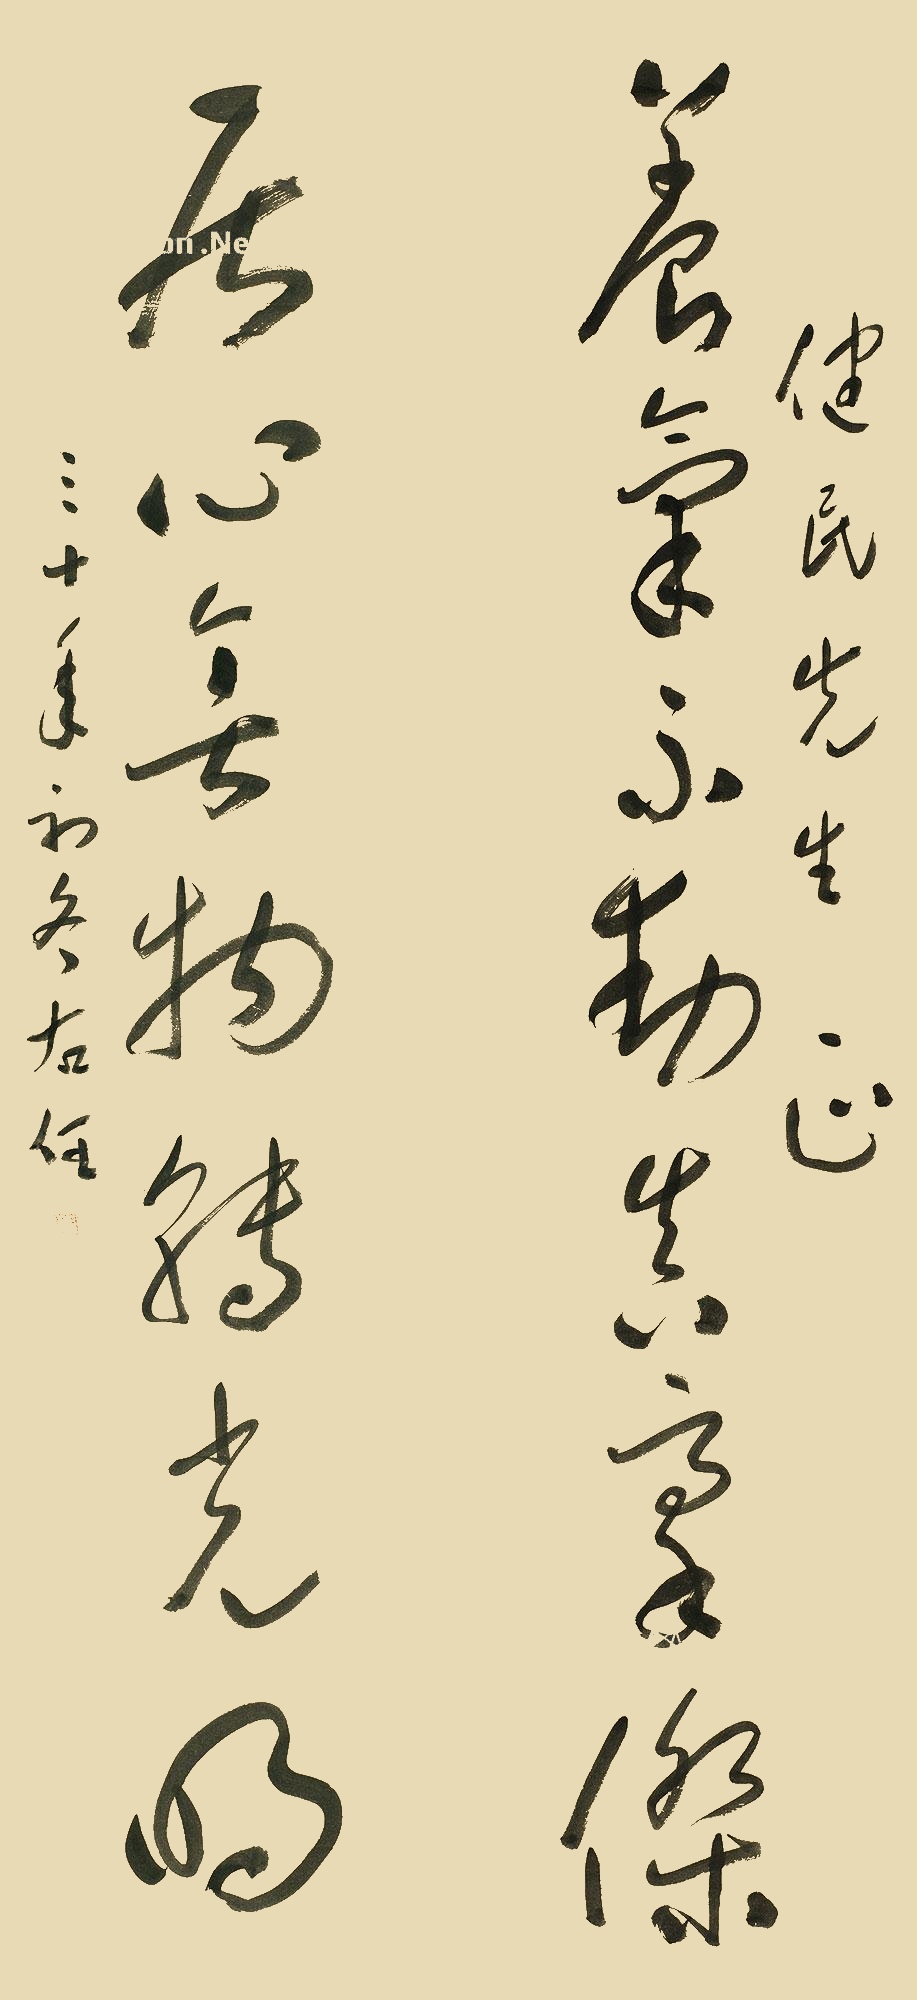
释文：养气不动真豪杰，居心无物转光明。健民先生正，三十年初冬，右任。